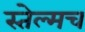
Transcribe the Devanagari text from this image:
स्तेल्मच